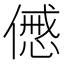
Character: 𠎰